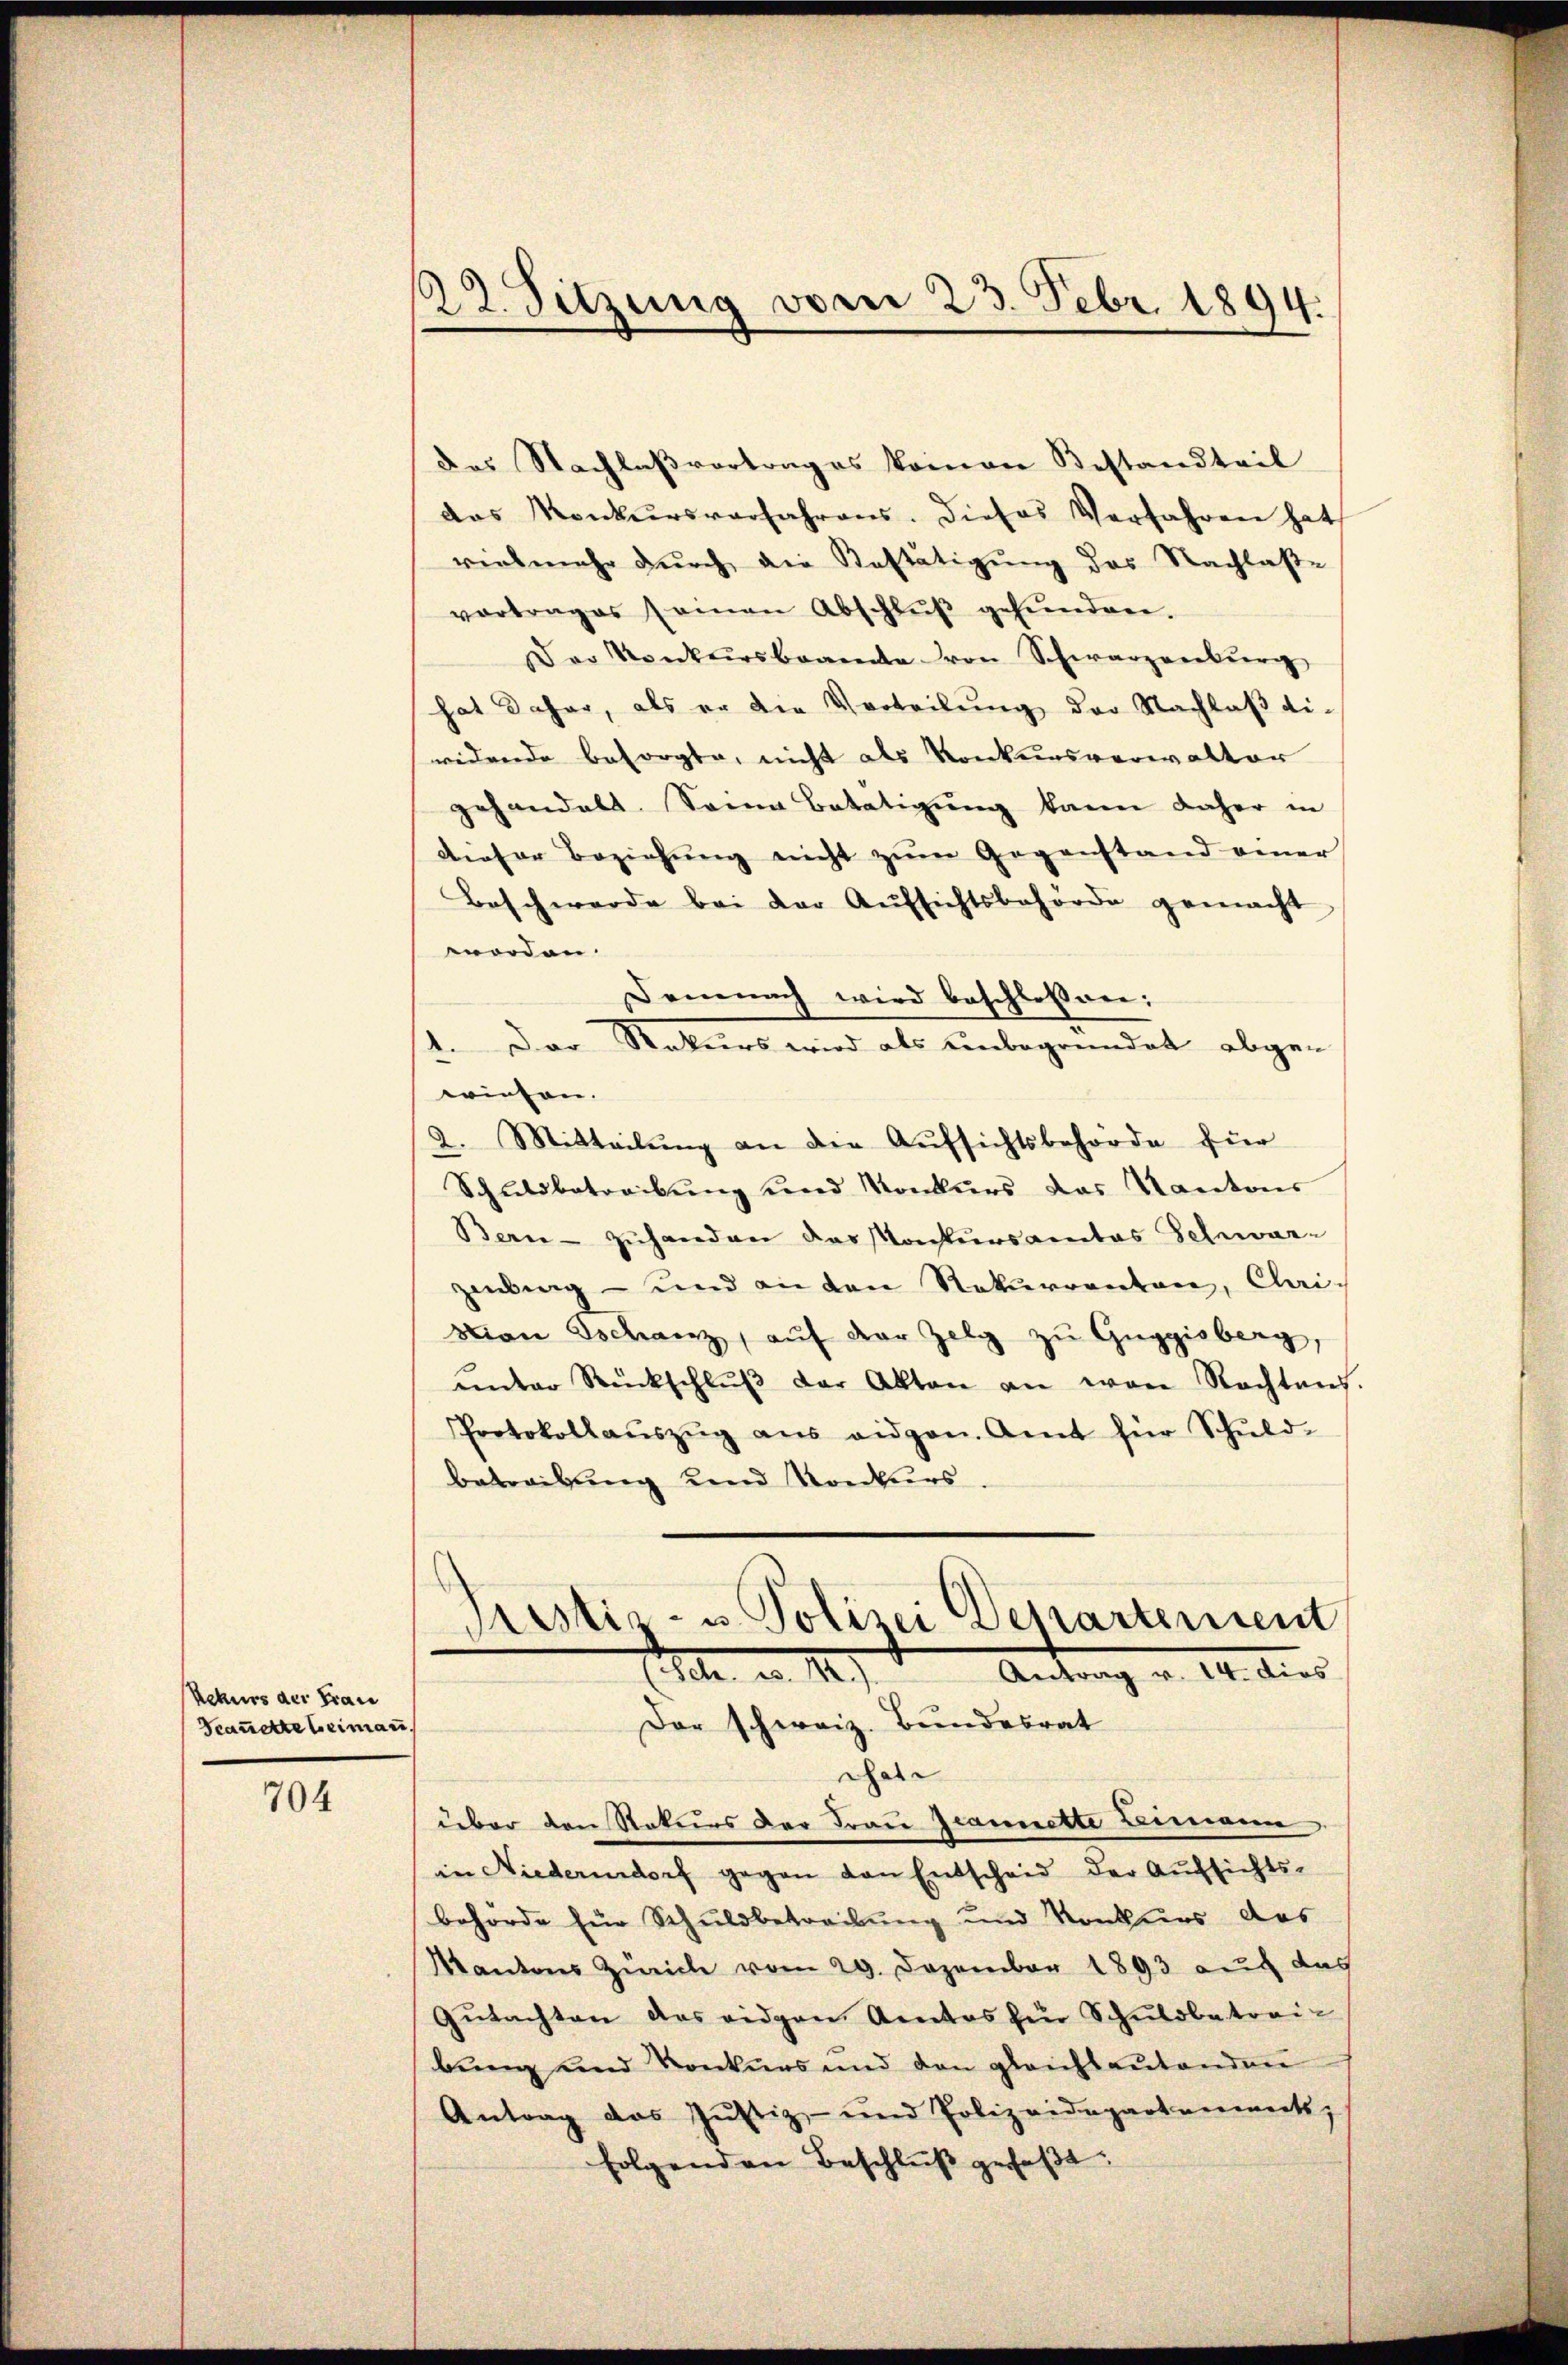
Rekurs der Frau
Scanette beimann.

704

22. Sitzung vom 23. Febr. 1894.

das Nachlaßvortrages kommen Bestandteil
das Konkursverfahrens. Dieses Verfahren hat
vielmehr dŭrch die Bestätigung des Nachlaße
vortrages samen Abschlŭβ gefŭnden.
Der Konkursbeamte von Schwarzenburg
hat daher, als er die Verteilung der Nachlaß di-
wedende besorgte, nicht als Konkursverwalter
gehandelt. Sonna Betätigung kann daher in
dieser Beziehŭng nicht zŭm Gegenstand einer
Beschwerde bei der Aŭfsichtsbehörde gemacht
morden.
Demnach wird beschlossen:
1. Der Rekurs wird als unbegründet abge-
wiefen.
2. Mitteilŭng an der Aŭfsichtsbehörde für
Schuldbetreibung und Konkurs das Kantons
Bern - zuhanden das Konkursantas Felswarzenberg - und an den Rekurrenten, Clai-
vian Tschanz, aŭf der Zelg zu Guggisberg,
ŭnter Rückschlŭβ der Akten an von Nachtens.
Protokollaŭszŭg ans eidgen. Amt für Schŭld-
betreibung und Konkurs

Pristiz- u. Polizei Departement
lr. a. 1
Antrag v. 10. dies
Der schweiz. Bundesrat

Chate
über den Naturs der Frau Jeannette Limann
in Niederndorf gegen von Entscheid der Aŭfsichts-
behörde für Schuldbetreibung und Konkurs das
Kantons Zürich vom 29. Dezember 1893 auf das
Gŭtachten das eidgen Amtes für Schŭldbetrai-
bung und Konkurs und den gleichbaŭtenden
Antrag das Justiz- und Polizeidepartements;
folgenden Beschlŭβ gefaßt: